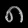
Digit: ၈